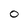
Character: 0